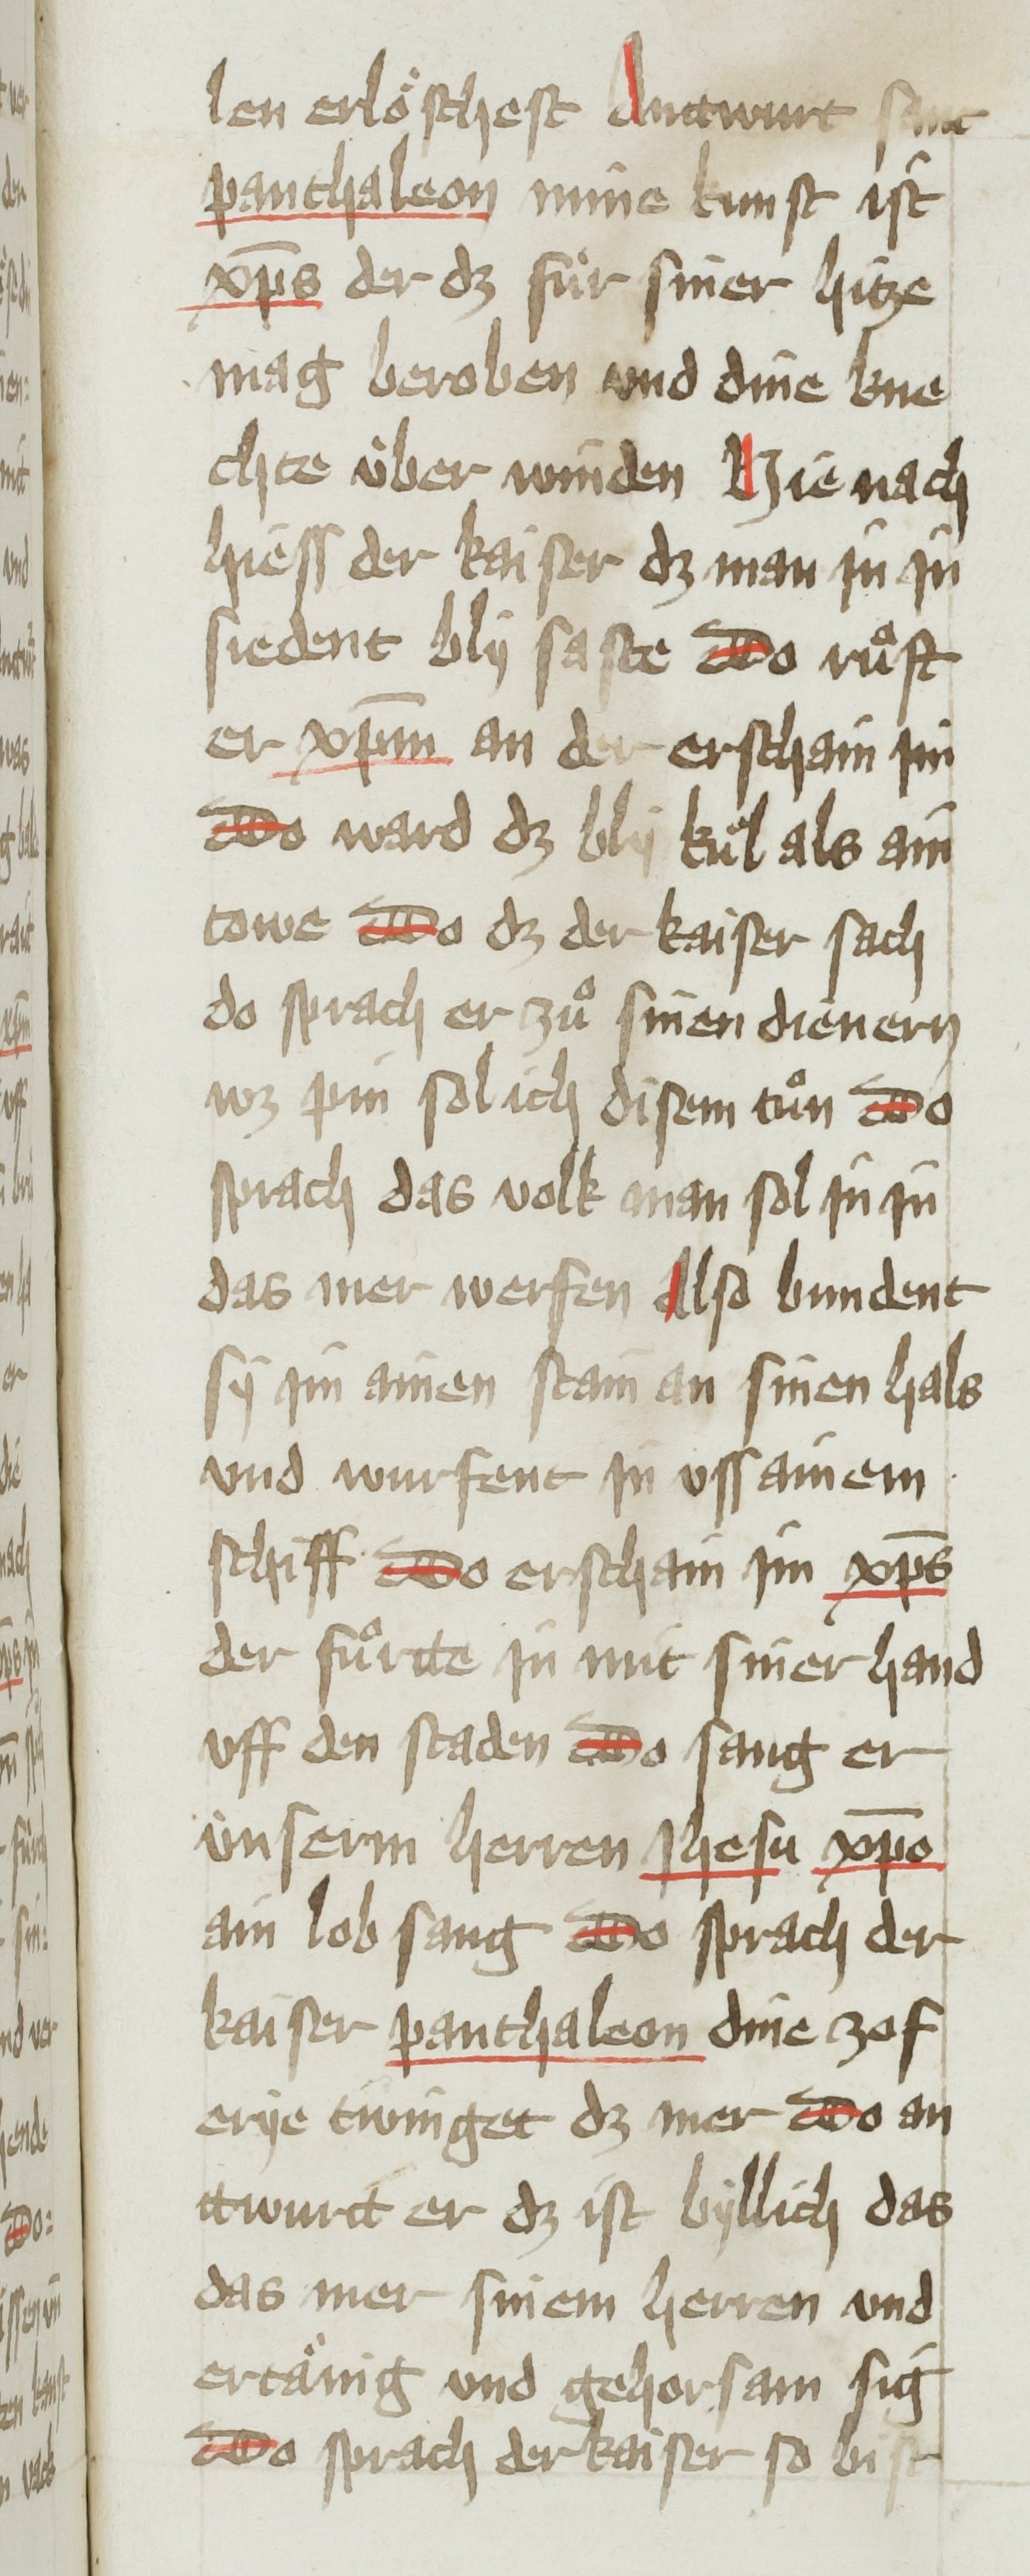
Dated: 1451–1460